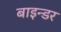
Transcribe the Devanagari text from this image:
बाइन्डर